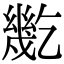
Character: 𢇓